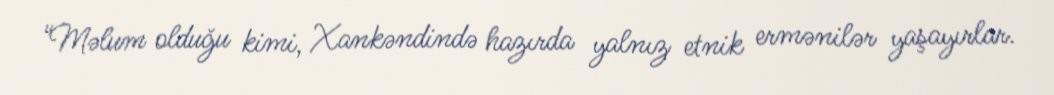
“Məlum olduğu kimi, Xankəndində hazırda yalnız etnik ermənilər yaşayırlar.